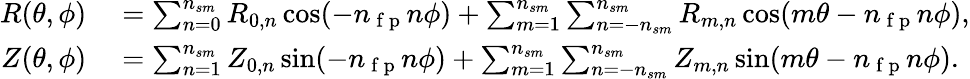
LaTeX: \begin{array}{rl}{R(\theta,\phi)}&{{}=\sum_{n=0}^{{n_{sm}}}R_{0,n}\cos(-n_{\mathrm{~f~p~}}n\phi)+\sum_{m=1}^{{n_{sm}}}\sum_{n=-{n_{sm}}}^{{n_{sm}}}R_{m,n}\cos(m\theta-n_{\mathrm{~f~p~}}n\phi),}\\ {Z(\theta,\phi)}&{{}=\sum_{n=1}^{{n_{sm}}}Z_{0,n}\sin(-n_{\mathrm{~f~p~}}n\phi)+\sum_{m=1}^{{n_{sm}}}\sum_{n=-{n_{sm}}}^{{n_{sm}}}Z_{m,n}\sin(m\theta-n_{\mathrm{~f~p~}}n\phi).}\end{array}